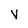
Character: v